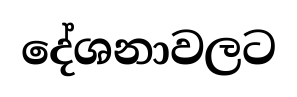
දේශනාවලට